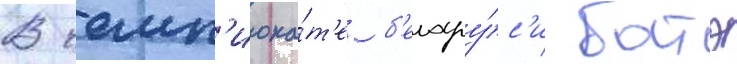
В чемп'иона́т'е б'елару́с'и батэ